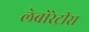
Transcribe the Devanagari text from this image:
लेबोरेट्रीस